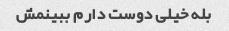
بله خیلی دوست دارم ببینمش